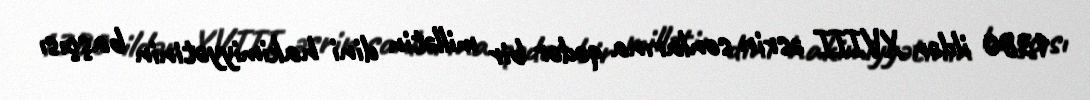
1380 ildən XVIII əsrin sonlarına qədər bir millətin dini hakimiyyətinin başçısı